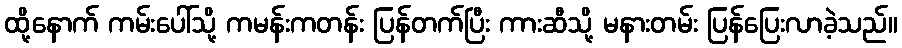
ထို့နောက် ကမ်းပေါ်သို့ ကမန်းကတန်း ပြန်တက်ပြီး ကားဆီသို့ မနားတမ်း ပြန်ပြေးလာခဲ့သည်။